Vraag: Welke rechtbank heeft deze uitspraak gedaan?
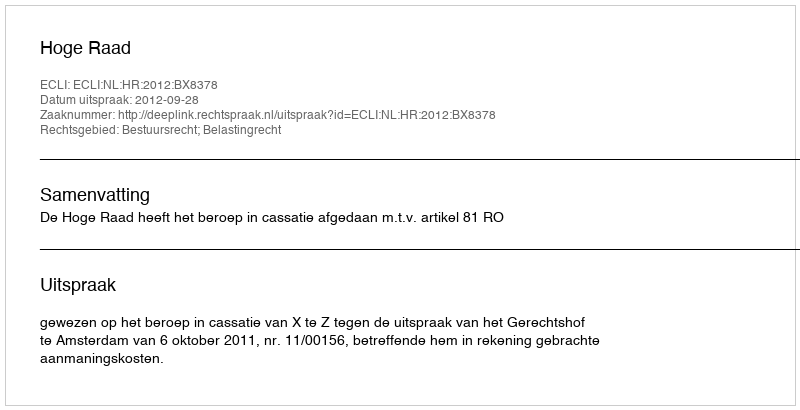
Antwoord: Hoge Raad